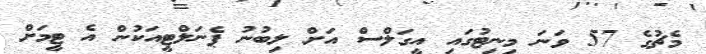
މެޗުގެ 57 ވަނަ މިނިޓުގައި އީގަލްސް އަށް ލިބުނު ޕެނަލްޓީއަކުން އެ ޓީމަށް